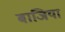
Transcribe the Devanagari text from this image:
बाजिया